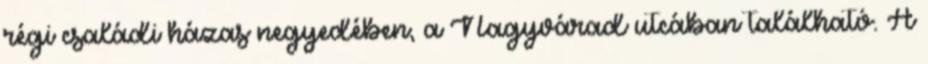
régi családi házas negyedében, a Nagyvárad utcában található. A